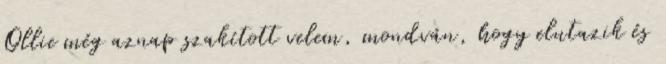
Ollie még aznap szakított velem, mondván, hogy elutazik és